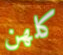
كلهن